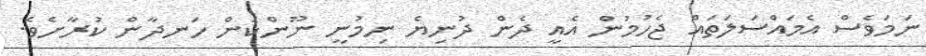
ނަމަވެސް އެމައްސަލަތައް ޖެހުމުން އެއީ ދެން ދުނިޔެ ނިމުނީ ނޫންކަން ހަނދާން ކުރާށެވެ.